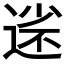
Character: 𡮗